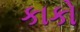
કાકો